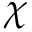
\chi